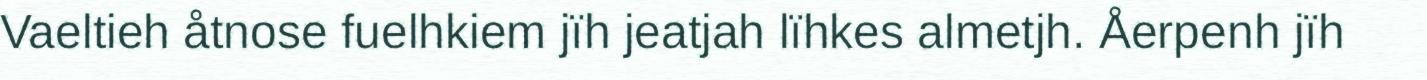
Vaeltieh åtnose fuelhkiem jïh jeatjah lïhkes almetjh. Åerpenh jïh